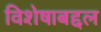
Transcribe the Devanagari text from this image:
विशेषाबद्दल